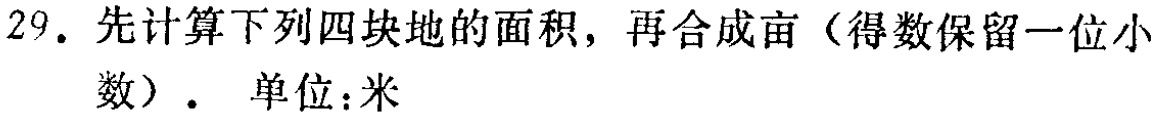
29. 先计算下列四块地的面积，再合成亩（得数保留一位小数）.  单位：米